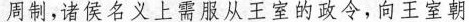
周制，诸侯名义上需服从王室的政令，向王室朝